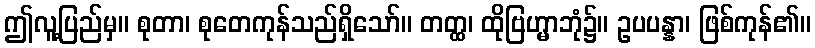
ဤလူ့ပြည်မှ။ စုတာ၊ စုတေကုန်သည်ရှိသော်။ တတ္ထ၊ ထိုဗြဟ္မာဘုံ၌။ ဥပပန္နာ၊ ဖြစ်ကုန်၏။